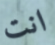
انت